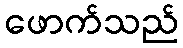
ဖောက်သည်